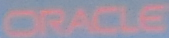
ORACLE